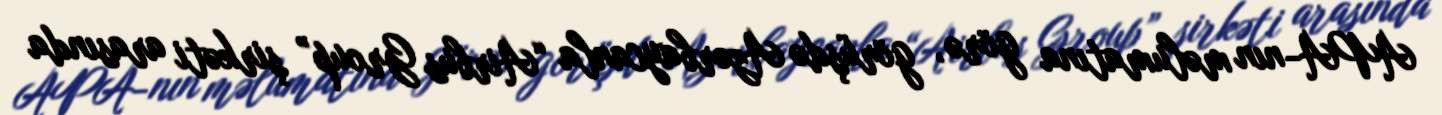
APA-nın məlumatına görə, görüşdə Azərbaycanla “Airbus Group” şirkəti arasında